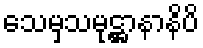
သေမှသမုဋ္ဌာနာနိပိ